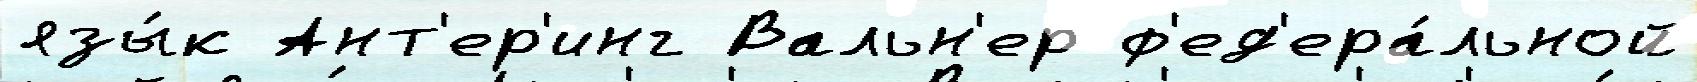
язы́к Ант'ер'инг Вальн'ер ф'ед'ера́льной